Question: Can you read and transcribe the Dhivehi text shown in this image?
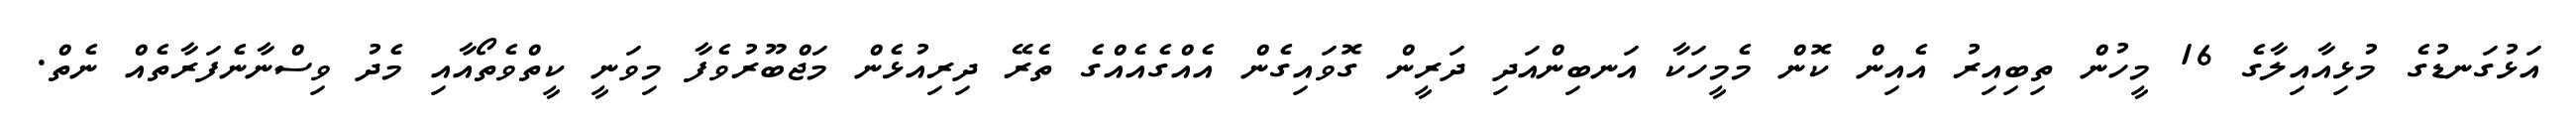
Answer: އަޅުގަނޑުގެ މުޅިއާއިލާގެ 16 މީހުން ތިބިއިރު އެއިން ކޮން މެމީހަކާ އަނބިންއަދި ދަރީން ގޮވައިގެން އެއްގެއެއްގެ ތެރޭ ދިރިއުޅެން މަޖްބޫރުވެފާ މިވަނީ ކީތްވެތޯއާއި މެދު ވިސްނާނެފަރާތެއް ނެތް.